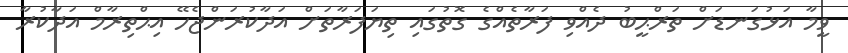
ވީމާ އަޅުގަނޑަށް ތަރްޙީބު ދެއްވި ފަރާތެއްގެ ގޮތުގައި ތިޔަފަރާތަށް އަދާކުރަންޖެހޭ އިޙްތިރާމް އަދާކުރާ